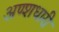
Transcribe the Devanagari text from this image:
अण्शधारी